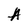
Character: A